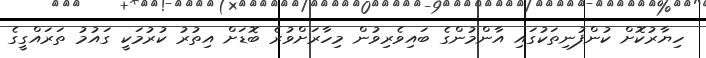
ހިޔާރުކޮށް ކުންފުނިތަކުގައި އާންމުންގެ ބައިވެރިވުން މިހާރަށްވުރެ ބޮޑަށް އިތުރު ކުރުމަކީ ގައުމު ތަރައްގީގެ